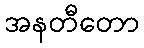
အနတီတော